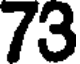
73